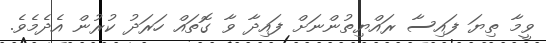
ވީމާ ތިޔަ ފައިސާ ރައްޔިތުންނަށް ފައިދާ ވާ ގޮތައް ހަރަދު ކުރުން އެދެމެވެ.